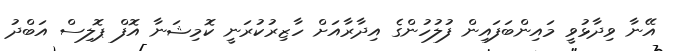
އޭނާ ވިދާޅުވީ މައިންބަފައިން ފުލުހުންގެ އިދާރާއަށް ހާޒިރުކުރަނީ ކޮމިޝަނާ އޮފް ޕޮލިސް އަބްދު